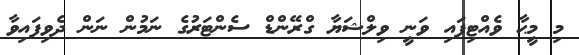
މި މީޙާ ވެއްޓިފައި ވަނީ ވިލްޝަޔާ ގްރޭންޑް ސެންޓަރުގެ ނަމުން ނަން ދެވިފައިވާ